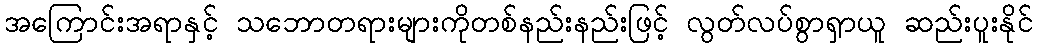
အကြောင်းအရာနှင့် သဘောတရားများကိုတစ်နည်းနည်းဖြင့် လွတ်လပ်စွာရှာယူ ဆည်းပူးနိုင်